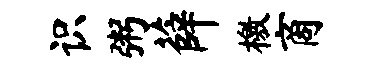
识粥薛檄商